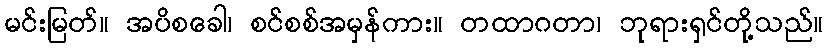
မင်းမြတ်။ အပိစခေါ၊ စင်စစ်အမှန်ကား။ တထာဂတာ၊ ဘုရားရှင်တို့သည်။